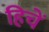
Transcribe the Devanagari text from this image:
हिचें